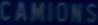
CAMILONS